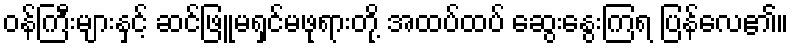
ဝန်ကြီးများနှင့် ဆင်ဖြူမရှင်မဖုရားတို့ အထပ်ထပ် ဆွေးနွေးကြရ ပြန်လေ၏။